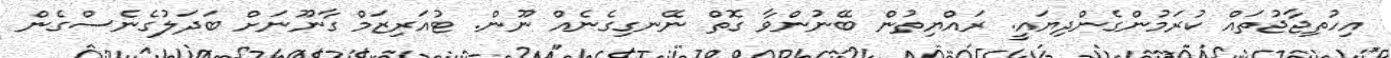
އިހުތިޖާޖުތައް ކުރަމުންގެންދިޔައީ. ރައްޔިތުން ބޭނުންވާ ގޮތް ނޭނގިގެނެއް ނޫން. ޓުއަރިޒަމް ގާނޫނަށް ބަދަލުގެނެސްގެން